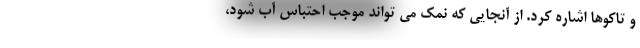
و تاکوها اشاره کرد. از آنجایی که نمک می تواند موجب احتباس آب شود،